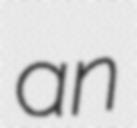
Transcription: an